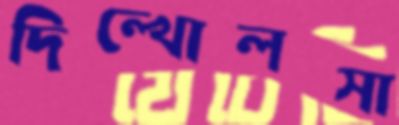
দিল্‌খোলসা